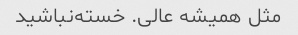
مثل همیشه عالی. خسته‌نباشید